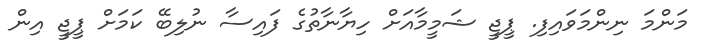
މަންމަ ނިންމަވައިފި. ޕީޖީ ޝަމީމާއަށް ހިޔާނާތުގެ ފައިސާ ނުލިބޭ ކަމަށް ޕީޖީ އިން